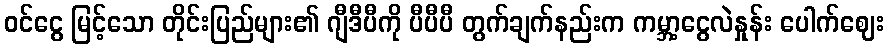
ဝင်ငွေ မြင့်သော တိုင်းပြည်များ၏ ဂျီဒီပီကို ပီပီပီ တွက်ချက်နည်းက ကမ္ဘာ့ငွေလဲနှုန်း ပေါက်ဈေး